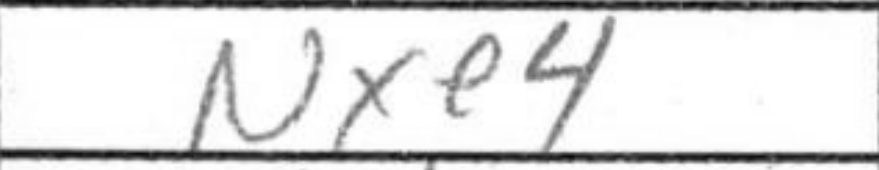
Transcription: Nxe4